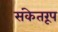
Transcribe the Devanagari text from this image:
संकेतरूप